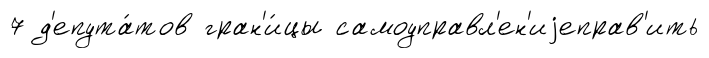
7 д'епута́тов гран'и́цы самоуправл'ен'иjеправ'ить